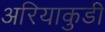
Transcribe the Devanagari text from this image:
अरियाकुडी